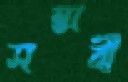
সম্ভাবী